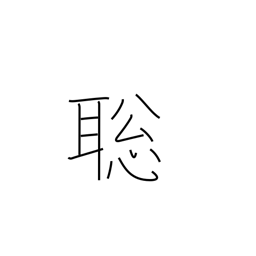
Meaning: fast learner